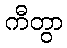
ကီတွာ